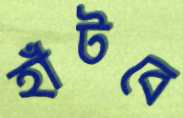
হাঁটবে